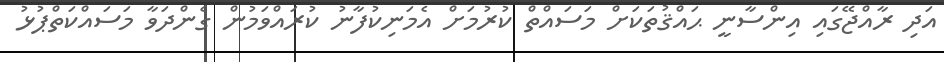
އަދި ރާއްޖޭގައި އިންސާނީ ޙައްޤުތަކަށް މަސައްތް ކުރުމަށް އެމަނިކުފާނު ކުރައްވަމުން ގެންދަވާ މަސައްކަތްޕުޅު